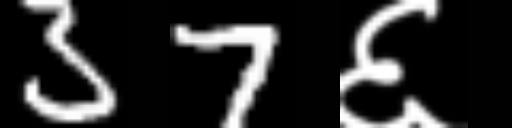
Text: 37६